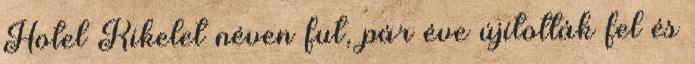
Hotel Kikelet néven fut, pár éve újították fel és